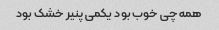
همه چی خوب بود یکمی پنیر خشک بود